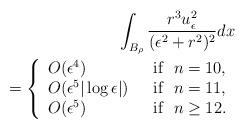
LaTeX: \begin{align*}\int_{B_\rho}\frac{r^3u_\epsilon^2}{(\epsilon^2+r^2)^2}dx\\= \left \{\begin{array}{ll}O(\epsilon^4) &\hbox{~~if~~} n=10,\\O(\epsilon^5 |\log \epsilon|) &\hbox{~~if~~} n=11,\\O(\epsilon^5) &\hbox{~~if~~} n\geq 12.\end{array}\right.\end{align*}